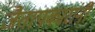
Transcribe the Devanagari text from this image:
जैतापकारांनी